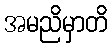
အမညိမှာတိ